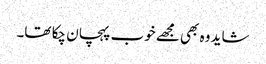
شاید وہ بھی مجھے خوب پہچان چکا تھا۔